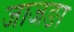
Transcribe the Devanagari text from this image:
जाजङा